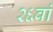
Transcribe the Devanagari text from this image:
२६वां